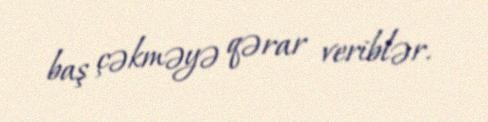
baş çəkməyə qərar veriblər.